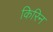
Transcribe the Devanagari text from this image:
किरिन